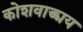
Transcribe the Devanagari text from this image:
कोशवाङ्मय